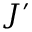
J ^ { \prime }